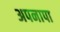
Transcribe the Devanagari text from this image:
अपनापा